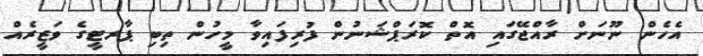
އެހެން ނޫނަށް ރާއްޖޭގައި އޮތް ކޮރަޕްޝަނުން ފުރިފައިވާ މީހުން ތިބި ޕާރޓީގެ ވަޒީރެއް